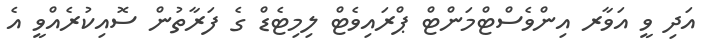
އަދި ވީ އަވާރ އިންވެސްޓްމަންޓް ޕްރައިވެޓް ލިމިޓެޑް ގެ ފަރާތުން ސޮއިކުރެއްވީ އެ